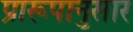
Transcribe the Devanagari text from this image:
प्रारूपानुसार